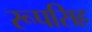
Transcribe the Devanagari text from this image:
रूपसिह